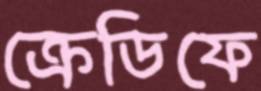
ক্রেডিফে